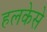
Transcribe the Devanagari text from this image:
हलकेसे